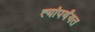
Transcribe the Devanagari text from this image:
त्यांपर्यंयत